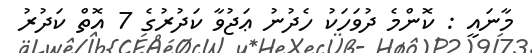
މާނައީ : ކޮންމެ ދުވަހަކު ހެދުނު ޢަޖުވާ ކަދުރުގެ 7 އޮތް ކަދުރު